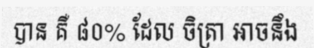
បាន គឺ ៨០% ដែល ចិត្រា អាចនឹង